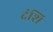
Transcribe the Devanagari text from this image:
दंशि